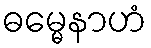
ဓမ္မေနာဟံ